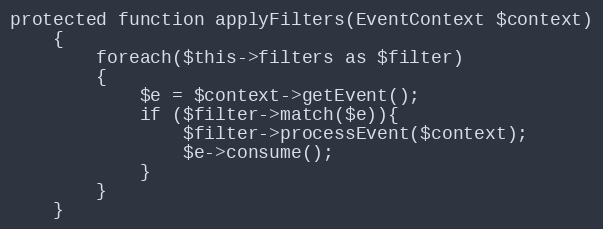
Language: PHP
protected function applyFilters(EventContext $context)
    {
        foreach($this->filters as $filter)
        {
            $e = $context->getEvent();
            if ($filter->match($e)){
                $filter->processEvent($context);
                $e->consume();
            }
        }
    }